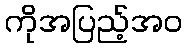
ကိုအပြည့်အဝ